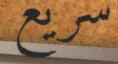
سريع